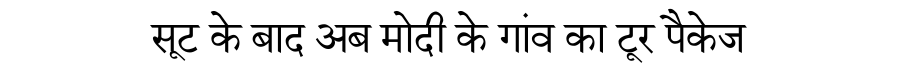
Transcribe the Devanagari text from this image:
सूट के बाद अब मोदी के गांव का टूर पैकेज